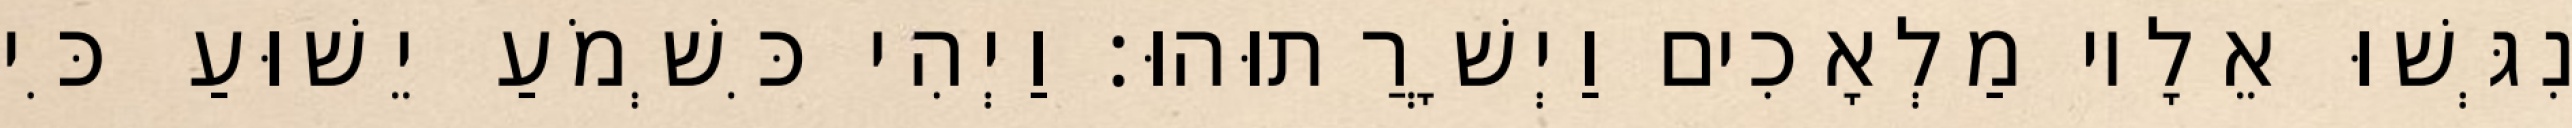
נִגְּשׁוּ אֵלָיו מַלְאָכִים וַיְשָׁרֲתוּהוּ׃ וַיְהִי כִּשְׁמֹעַ יֵשׁוּעַ כִּי